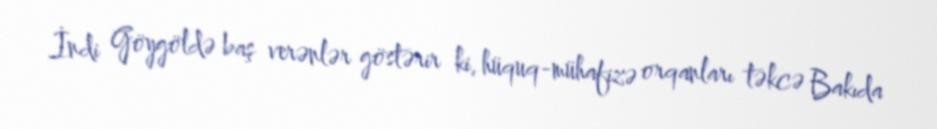
İndi Göygöldə baş verənlər göstərir ki, hüquq-mühafizə orqanları təkcə Bakıda